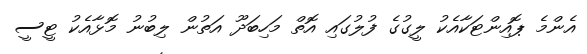
އެންމެ ޕޮއިންޓަކާއެކު ލީގުގެ ފުލުގައި އޮތް މަހިބަދޫ އަތުން ލިބުނު މޮޅާއެކު ޓީސީ